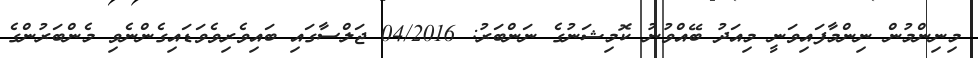
މިނިންމުން ނިންމާފައިވަނީ މިއަދު ބޭއްވުނު ކޮމިޝަނުގެ ނަންބަރު: 04/2016 ޖަލްސާގައި ބައިވެރިވެވަޑައިގެންނެވި މެންބަރުންގެ